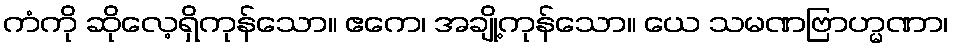
ကံကို ဆိုလေ့ရှိကုန်သော။ ဧကေ၊ အချို့ကုန်သော။ ယေ သမဏဗြာဟ္မဏာ၊